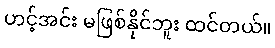
ဟင့်အင်း မဖြစ်နိုင်ဘူး ထင်တယ်။